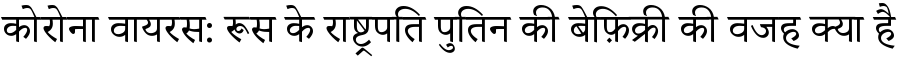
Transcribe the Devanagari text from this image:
कोरोना वायरस: रूस के राष्ट्रपति पुतिन की बेफ़िक्री की वजह क्या है